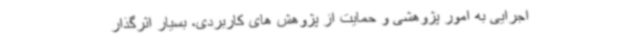
اجرایی به امور پژوهشی و حمایت از پژوهش های کاربردی، بسیار اثرگذار